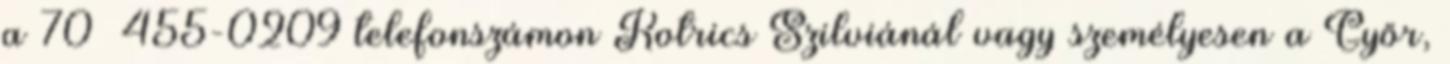
a 70 455-0209 telefonszámon Kotrics Szilviánál vagy személyesen a Győr,